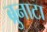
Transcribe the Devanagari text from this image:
ब्रुनाटा